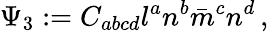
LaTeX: \Psi_{3}:=C_{abcd}l^{a}n^{b}{\bar{m}}^{c}n^{d}\, ,